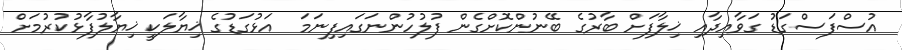
އުސްފަސްގަޑު ގަވާއިދާއި ޚިލާފަށް ބާރުގެ ބޭނުންކޮށްގެން ފުލުހުންނަގައިފިނަމަ  އަޅުގަޑުގެ ޚިޔާލަކީ ޚިޔާލުފާޅުކުރުމަށް